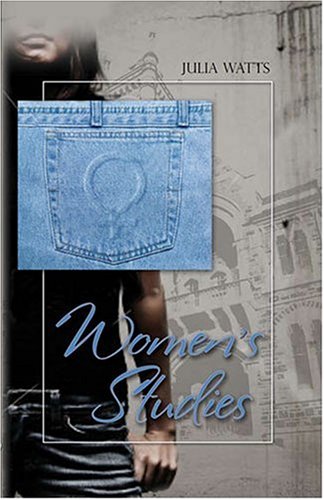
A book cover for Women's Studies; Julia Watts; Romance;